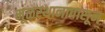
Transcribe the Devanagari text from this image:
मूळस्थानापासून